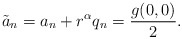
\begin{align*}\tilde a_n= a_n + r^{\alpha}q_n= \frac{g(0,0)}{2}.\end{align*}